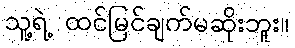
သူ့ရဲ့ ထင်မြင်ချက်မဆိုးဘူး။